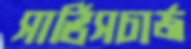
সার্ভিসচার্জ